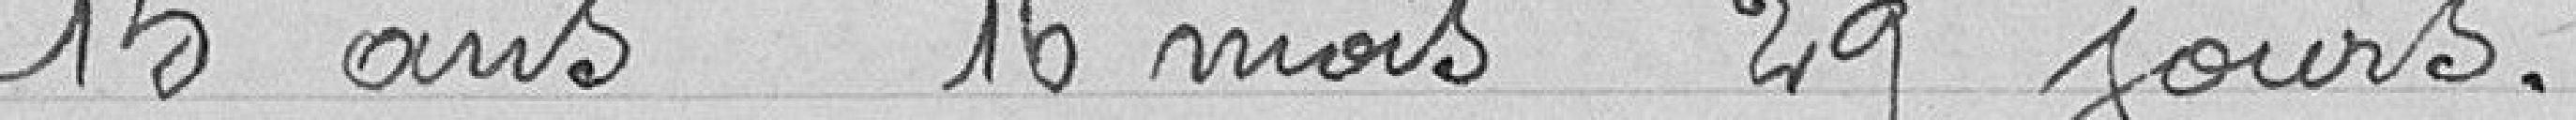
15 ans 16 mois 29 jours.